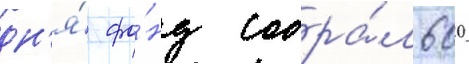
дн'я́ фо́нд собра́л 600